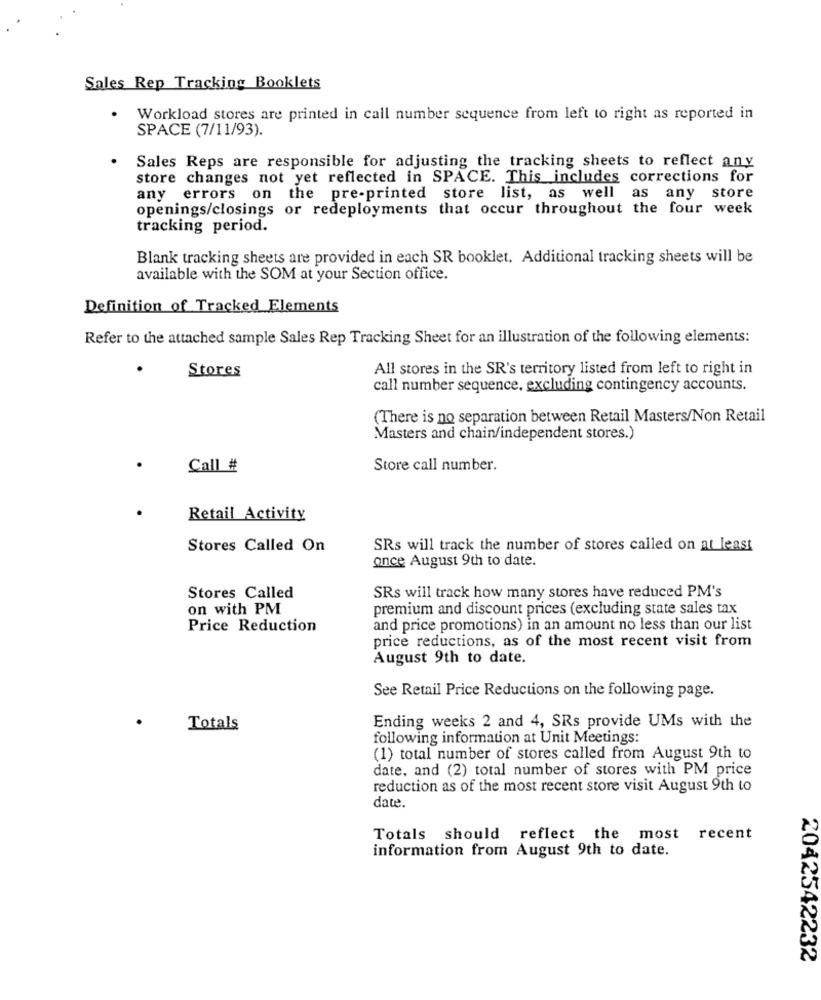
Sales Rep Tracking Booklets
Workload stores are printed in call number sequence from left to right as reported in
SPACE (7/11/93).
. Sales Reps are responsible for adjusting the tracking sheets to reflect any
store changes not yet reflected in SPACE. This includes corrections for
any errors on the pre-printed store list, as well as any store
openings/closings or redeployments that occur throughout the four week
tracking period.
Blank tracking sheets are provided in each SR booklet. Additional tracking sheets will be
available with the SOM at your Section office.
Definition of Tracked Elements
Refer to the attached sample Sales Rep Tracking Sheet for an illustration of the following elements:
Stores
All stores in the SR's territory listed from left to right in
call number sequence, excluding contingency accounts.
(There is no separation between Retail Masters/Non Retail
Masters and chain/independent stores.)
Call #
Store call number.
Retail Activity
Stores Called On
SRs will track the number of stores called on at least
once August 9th to date.
Stores Called
SRs will track how many stores have reduced PM's
on with PM
premium and discount prices (excluding state sales tax
Price Reduction
and price promotions) in an amount no less than our list
price reductions, as of the most recent visit from
August 9th to date.
See Retail Price Reductions on the following page.
Ending weeks 2 and 4, SRs provide UMs with the
Totals
following information at Unit Meetings:
(1) total number of stores called from August 9th to
date, and (2) total number of stores with PM price
reduction as of the most recent store visit August 9th to
date.
Totals should reflect the most recent
information from August 9th to date.
2042542232